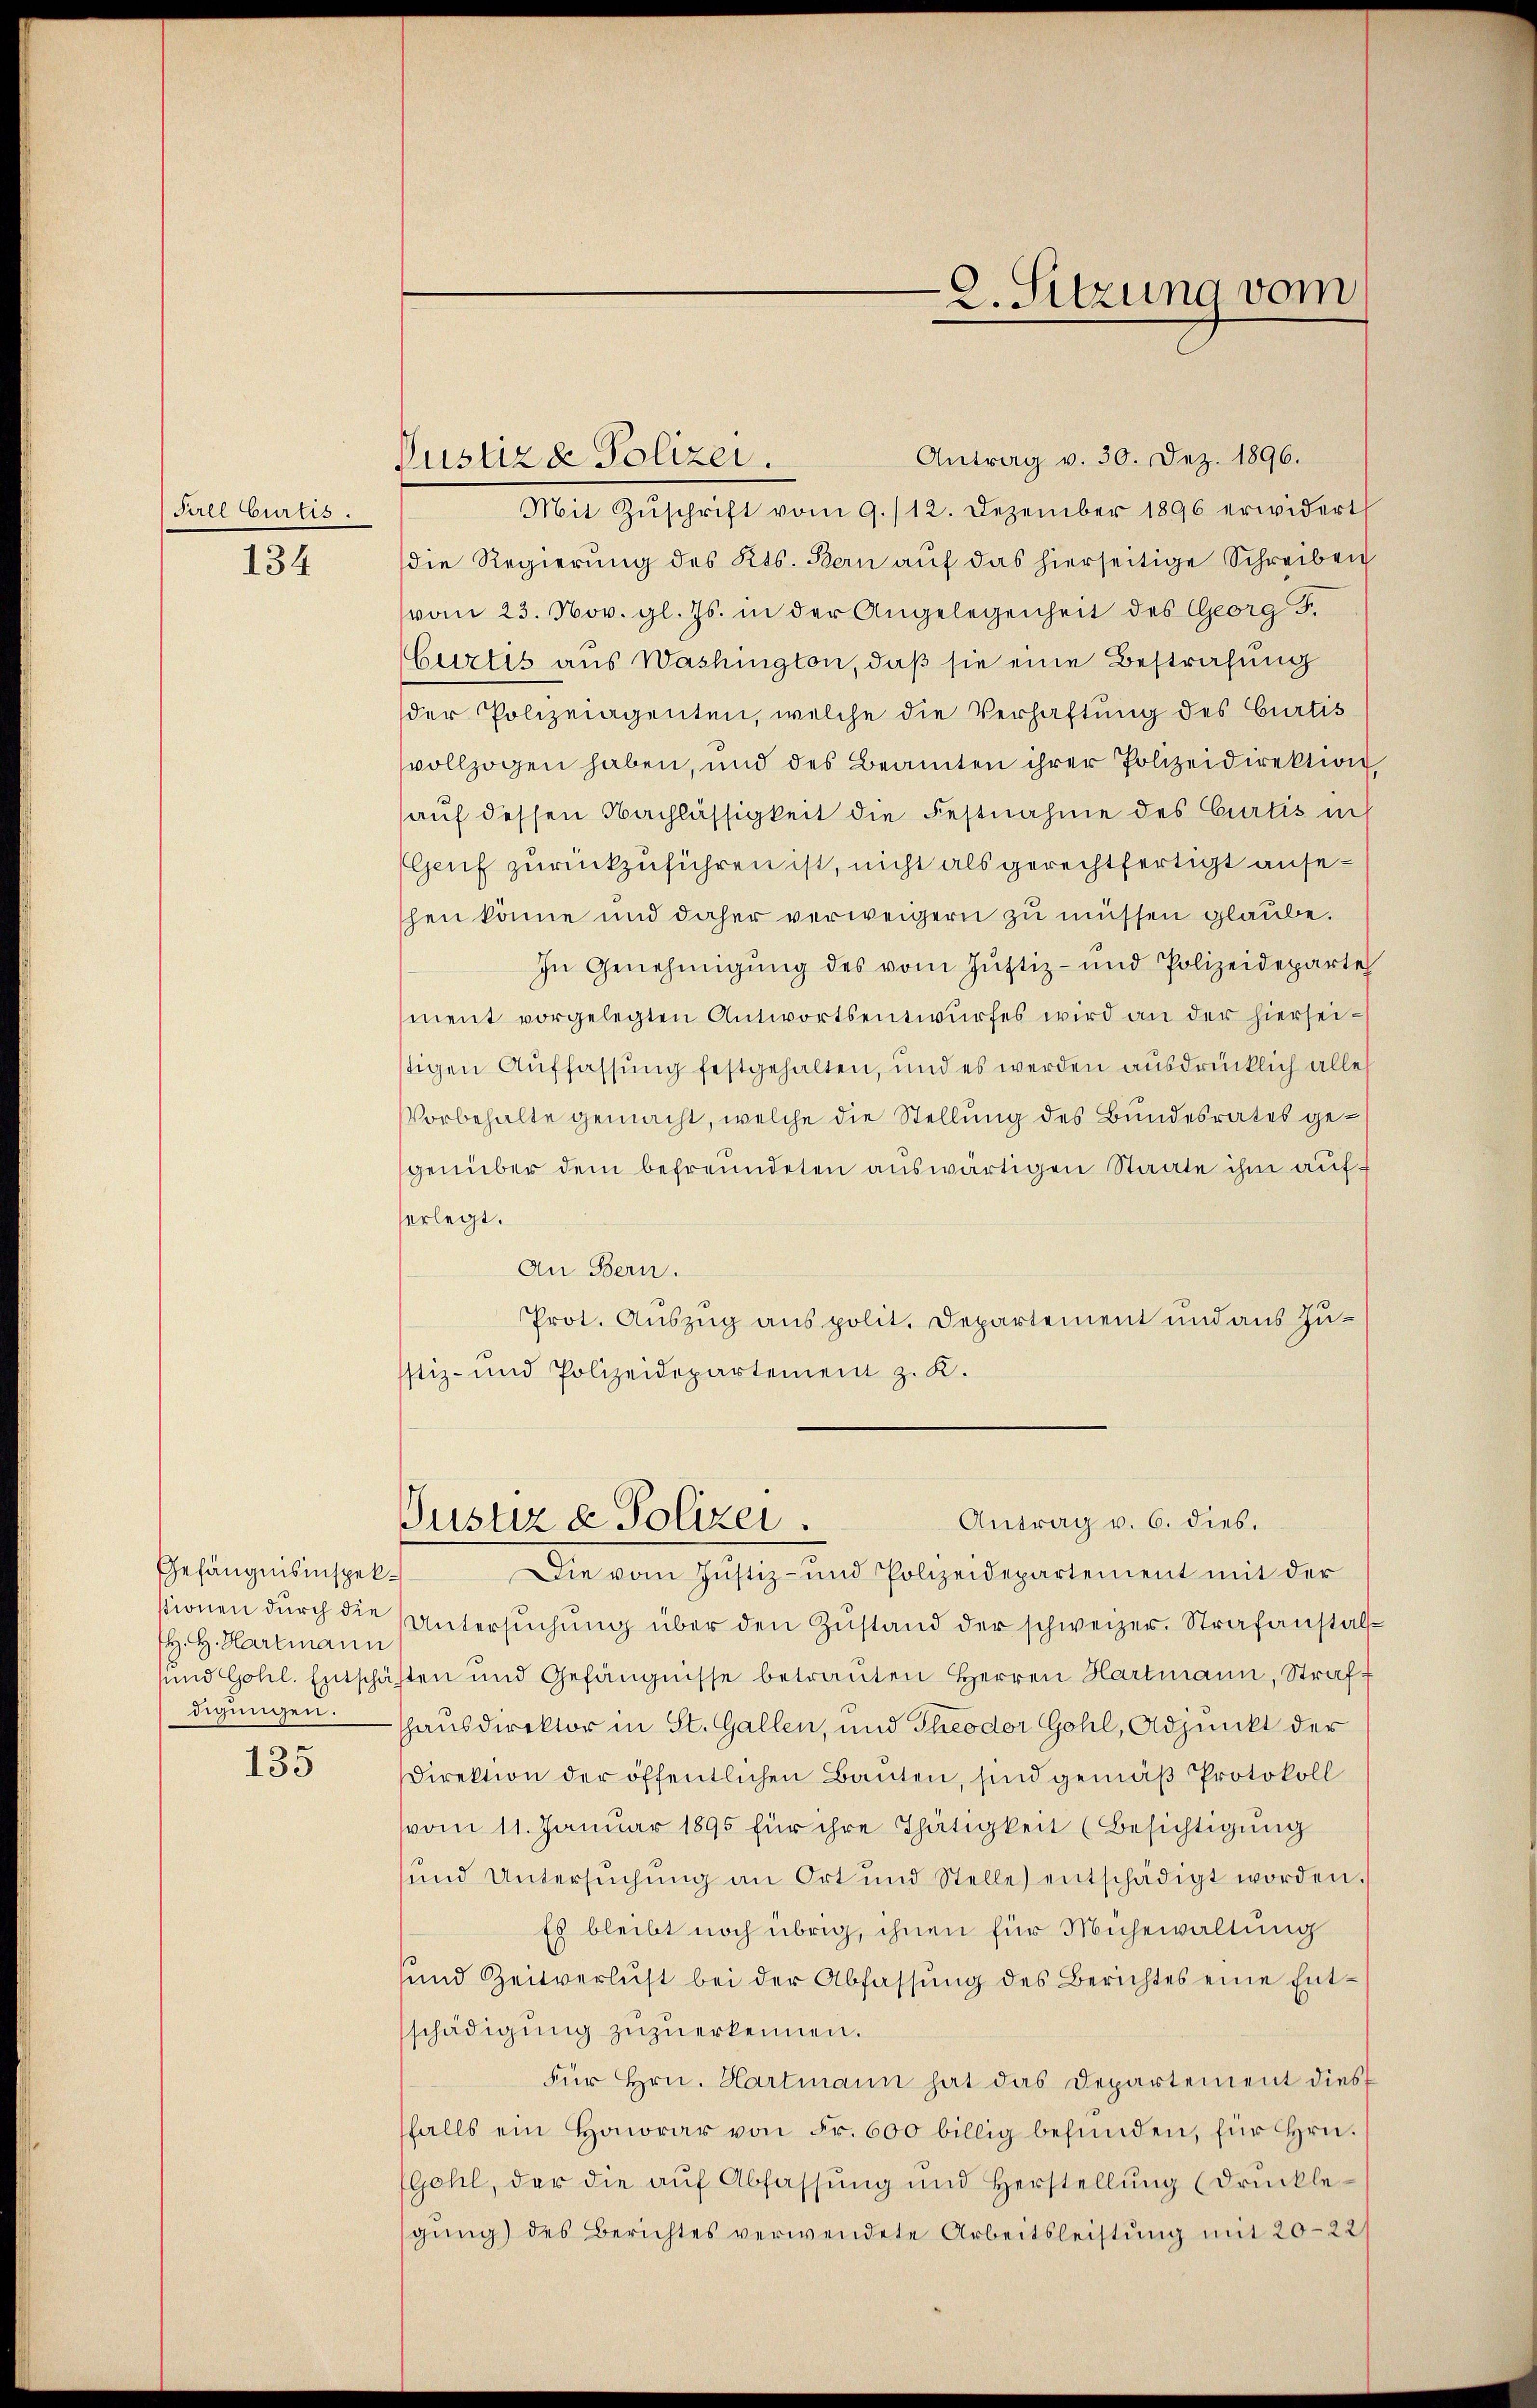
Fall Curtis.

134

Gefängnisinspekstionen durch die
H. H. Hartmann
und Gohl. Entschädigungen.

135

Pustiz & Polizei.

9. Sitzung vom

Antrag v. 30. Dez. 1896.
Mit Zŭschrift vom 9./12. Dezember 1896 erwidert
die Regierung des Kts. Bern auf das hierseitige Schreiben
vom 23. Nov. gl. Js. in der Angelegenheit des Georg F.
Curtis aus Washington, daß sie eine Bestrafung
der Polizeiagenten, welche die Verhaftung des Curtis
vollzogen haben, und des Beamten ihrer Polizeidirektion
auf dessen Nachlässigkeit die Festnahme des Curtis in
Geuf zurückzuführen ist, nicht als gerechtfertigt anseshen könne und daher verweigern zu müssen glaube.
In Genehmigŭng des vom Justiz- und Polizeideparte
ment vorgelegten Antwortsentwurfes wird an der hierseistigen Auffassung festgehalten, und es werden ausdrücklich alles
Vorbehalte gemacht, welche die Stellung des Bundesrates gegenüber dem befreundeten auswärtigen Staate ihm auferlegt.
An Bern.
Prot. Auszug aus polit. Departement und aus Zustiz- und Polizeidepartement z. K.
Antrag v. 6. dies.
Justiz & Polizei.
Die vom Justiz- und Polizeidepartement mit der
Untersŭchŭng über den Zŭstand der schweizer. Strafanstalte
sten und Gefängnisse betraŭten Herren Hartmann, Strafhhausdirektor in St. Gallen, und Theodor Gohl, Adjunkt der
Direktion der öffentlichen Bauten, sind gemäß Protokoll
vom 11. Januar 1895 für ihre Thätigkeit (Besichtigung
und Untersuchung an Ort und Stelle) entschädigt worden.
Es bleibt noch übrig, ihnen für Mühewaltung
sund Zeitverlust bei der Abfassŭng des Berichtes eine Entschädigung zuzuerkennen.
für hrn. Hartmann hat das Departement dies
sfalls ein Honorar von Fr. 600 billig befunden, für Hrn.
Gohl, der die aŭf Abfassŭng und Herstellŭng (drŭckle-
gung) des Berichtes verwendete Arbeitsleistung mit 20—22/